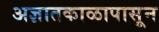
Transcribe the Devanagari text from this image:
अज्ञातकाळापासून